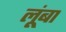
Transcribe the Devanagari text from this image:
लूंबा